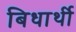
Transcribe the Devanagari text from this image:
बिधार्थी